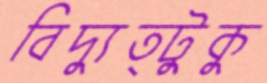
বিদ্যুত্টুকু